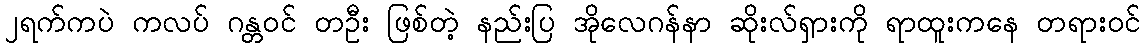
၂ရက်ကပဲ ကလပ် ဂန္တဝင် တဦး ဖြစ်တဲ့ နည်းပြ အိုလေဂန်နာ ဆိုးလ်ရှားကို ရာထူးကနေ တရားဝင်